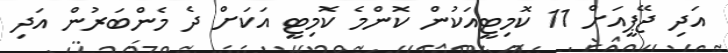
އަދި ޖޭޕީއަށް 11 ކޮމިޓީއަކުން ކޮންމެ ކޮމިޓީ އަކަށް ދެ މެންބަރުން އަދި